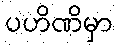
ပဟိဏိမှာ